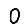
Digit: 0